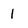
Character: 1